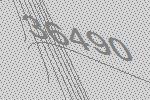
36490